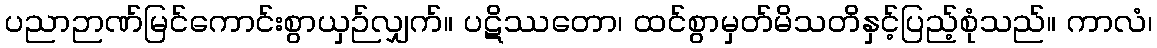
ပညာဉာဏ်မြင်ကောင်းစွာယှဉ်လျှက်။ ပဋိဿတော၊ ထင်စွာမှတ်မိသတိနှင့်ပြည့်စုံသည်။ ကာလံ၊